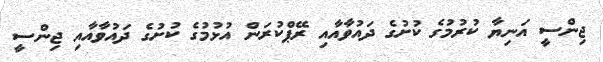
ޖިންސީ އަނިޔާ ކުރުމުގެ ކުށުގެ ދައުވާއާއި ރޭޕްކުރަން އުޅުމުގެ ކުށުގެ ދައުވާއާއި ޖިންސީ